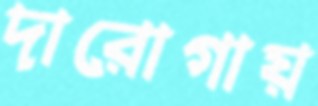
দারোগায়